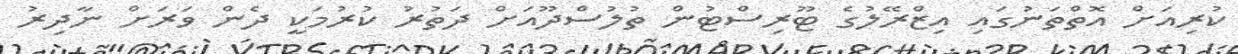
ކުރިއަށް އޮތްތަނުގައި އިޒްރޭލުގެ ޓޫރިސްޓުން ތުލުސްދޫއަށް ދަތުރު ކުރުމަކީ ދެން ވަރަށް ނާދިރު